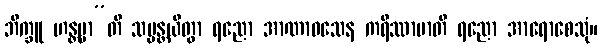
ဘိက္ခူ ဟန္တဗ္ဗာ”တိ သမ္မန္တယိတွာ ရညော အာဏာဝသေန ကရိဿာမာတိ ရညော အာရောစေသုံ။